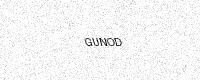
Text: GUNOD